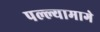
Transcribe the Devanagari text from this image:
पल्ल्यामागे